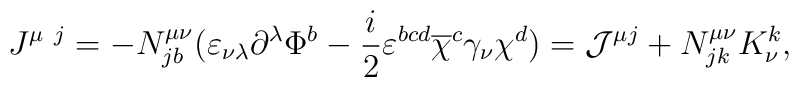
J^{\mu~j}=-N^{\mu \nu}_{jb} \bigl( \varepsilon_{\nu\lambda}\partial^\lambda \Phi^b-\frac i2 \varepsilon^{bcd} \overline{\chi}^c \gamma_\nu \chi^d \bigr)={\cal J}^{\mu j} + N^{\mu\nu}_{jk} K^k_{\nu},